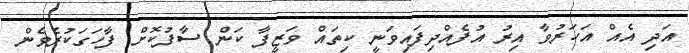
އަދި އެއް އަހަރުވާ އިރު އުފެއްދިފައިވަނީ ކިތައް ވަޒީފާ ކަން ސާފުކޮށް ފާހަގަކުރެވެން